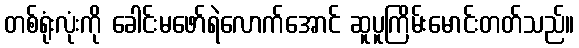
တစ်ရုံးလုံးကို ခေါင်းမဖော်ရဲလောက်အောင် ဆူပူကြိမ်းမောင်းတတ်သည်။